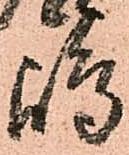
嶋